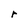
Character: r